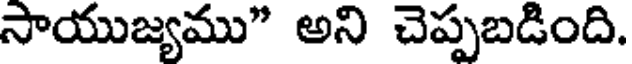
సాయుజ్యము" అని చెప్పబడింది.